Lunatic asylums Punjab 1881-1894 - 1881-1894
Year: 1881
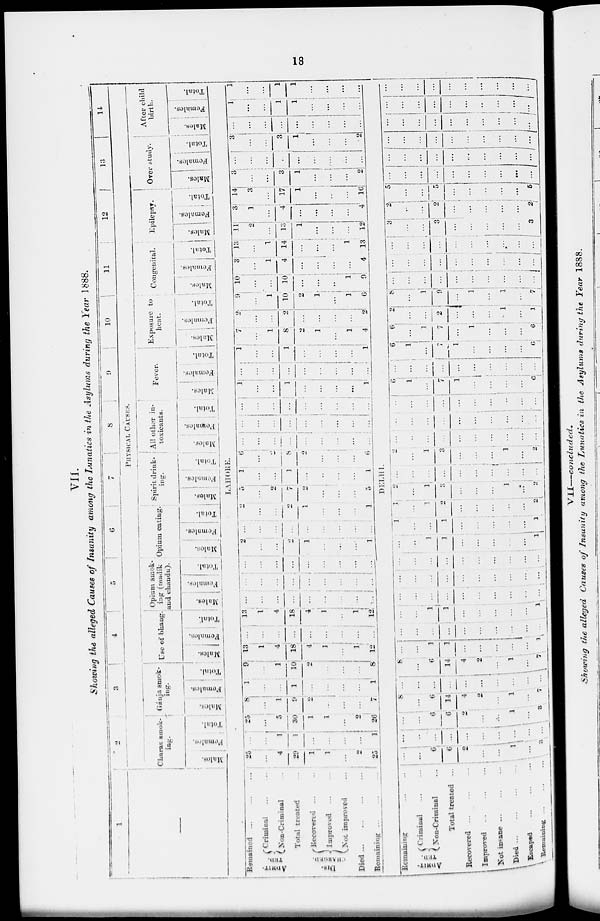
18
VII.
Showing the alleged Causes of Insanity among the Lunatics in the Asylums during the Year 1888.
1
—
2
3
4
5
6
7
8
9
10
11
12
13
14
PHYSICAL CAUSES.
Charas smok-
ing
Males.
Females.
Total.
Gánja smok-
ing
Males.
Females.
Total.
Use of bhang
Males.
Females.
Total.
Opium smok-
ing (madik
land chandu).
Males.
Females.
Total.
Opium eating.
Males.
Females.
Total.
Spirit drink-
ing.
Males.
Females.
Total.
All other in-
toxicants.
Males.
Females.
Total.
Fever.
Males.
Females.
Total.
Exposure to
heat.
Males.
Females.
Total.
Congenital.
Males.
Females.
Total.
Epilepsy.
Males.
Females.
Total.
Over study.
Males.
Females.
Total.
After child
birth.
Males.
Females.
Total.
LAHORE.
Remained
...
...
...
ADMIT-
TED.
Criminal ... ...
Non-Criminal ...
Total treated ...
DIS-
CHARGED
Recovered ... ...
Improved
...
...
Not improved ...
Died
...
...
...
Remaining
...
...
...
25
...
4
29
1
1
...
2
25
...
...
1
1
....
...
...
...
1
25
...
5
30
1
1
...
2
26
8
...
1
9
2
...
...
...
7
1
...
...
1
...
...
...
...
1
9
...
1
10
2
...
...
...
8
13
1
4
18
4
1
...
1
12
...
...
...
...
...
...
...
...
...
13
1
4
18
4
1
...
l
12
...
...
...
...
...
...
...
...
...
...
...
....
...
...
...
...
...
...
...
...
...
...
...
...
...
...
...
2
...
...
2
1
...
...
...
1
...
...
...
...
...
...
...
...
...
2
...
...
2
1
...
...
...
1
5
...
2
7
2
...
...
...
5
1
...
...
1
...
...
...
...
1
6
...
2
8
2
...
...
...
6
...
...
...
...
...
...
...
...
...
...
...
...
...
...
...
...
...
...
...
...
...
...
...
...
...
...
1
...
1
...
...
...
...
1
...
...
...
...
...
...
...
...
...
1
...
...
1
...
...
...
...
1
7
...
1
8
2
1
...
1
4
2
...
...
2
...
...
...
...
2
9
1
10
2
1
...
1
6
10
...
...
10
...
...
...
1
9
3
...
1
4
...
...
...
...
4
13
...
1
14
...
...
...
1
13
11
2
...
13
1
...
...
...
12
3
1
4
...
...
...
...
4
14
3
...
17
1
...
...
...
16
3
...
...
3
1
...
...
...
2
...
...
...
...
...
...
...
...
...
3
...
...
3
1
...
...
...
2
...
...
...
...
...
...
...
...
...
1
...
...
1
1
...
...
...
...
1
...
...
1
1
...
...
...
...
DELHI.
Remaining
...
...
...
ADMIT-
TED.
Criminal
...
...
Non-Criminal ...
Total treated ... ... ...
Recovered
...
...
...
Improved
...
...
...
Not insane
...
...
...
Died
...
...
...
Escaped
...
...
...
Remaining ... ... ...
...
...
6
6
2
...
...
1
...
...
...
...
...
...
...
...
...
...
...
...
...
...
6
6
2
...
...
1
...
...
8
...
6
14
4
2
...
1
...
7
...
...
...
...
...
...
...
...
...
...
8
...
6
14
4
2
...
1
...
7
...
...
1
1
...
...
...
...
...
1
...
...
...
...
...
...
...
...
...
...
...
...
1
1
...
...
...
...
...
1
...
...
...
...
...
...
...
...
...
...
...
...
...
...
...
...
...
...
...
...
...
...
...
...
...
...
...
...
...
...
...
...
1
1
...
...
...
...
...
1
1
...
...
1
...
...
...
...
...
1
1
...
1
2
...
...
...
...
...
2
2
...
1
3
...
...
...
1
...
2
...
...
...
...
...
...
...
...
...
...
2
...
1
3
...
...
...
1
...
2
...
..
...
...
...
...
...
...
...
...
...
...
...
...
...
...
...
...
...
...
...
...
...
...
...
...
...
...
...
...
6
1
...
7
1
...
...
...
...
6
...
...
...
...
1
...
...
...
...
...
6
1
...
7
1
...
...
...
...
6
6
1
7
...
1
...
...
...
6
2
...
...
2
...
...
...
1
...
1
8
...
1
9
1
...
1
...
7
...
...
...
...
...
....
...
...
...
...
...
...
...
...
...
...
...
...
...
...
...
...
...
...
...
...
...
...
...
3
...
...
3
...
...
...
...
...
3
2
...
...
2
...
...
...
...
...
2
5
...
...
5
...
...
...
...
...
5
...
...
...
...
...
...
...
...
...
...
...
...
...
...
...
...
...
...
...
...
....
...
...
...
...
...
...
...
...
...
...
...
...
...
...
...
...
...
...
...
...
...
...
...
...
...
...
...
...
...
...
...
...
...
...
...
...
...
...
...